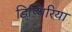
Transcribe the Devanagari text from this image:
डिप्थिरिया